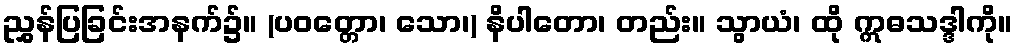
ညွှန်ပြခြင်းအနက်၌။ (ပဝတ္တော၊ သော၊) နိပါတော၊ တည်း။ သွာယံ၊ ထို ဣဓသဒ္ဒါကို။